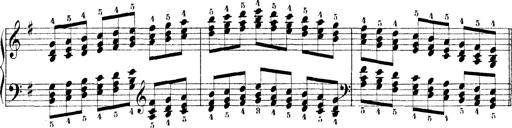
Title: Technische Studien
Composer: Franz Liszt